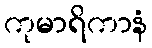
ကုမာရိကာနံ